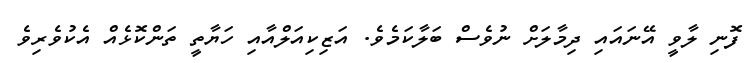
ފޮނި ލާވީ އޭނައައި ދިމާލަށް ނުވެސް ބަލާކަމެވެ. އަޒިކިއަލްއާއި ހަޔާތީ ތަންކޮޅެއް އެކުވެރިވެ